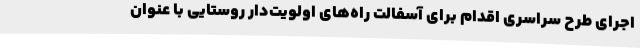
اجرای طرح سراسری اقدام برای آسفالت راه‌های اولویت‌دار روستایی با عنوان